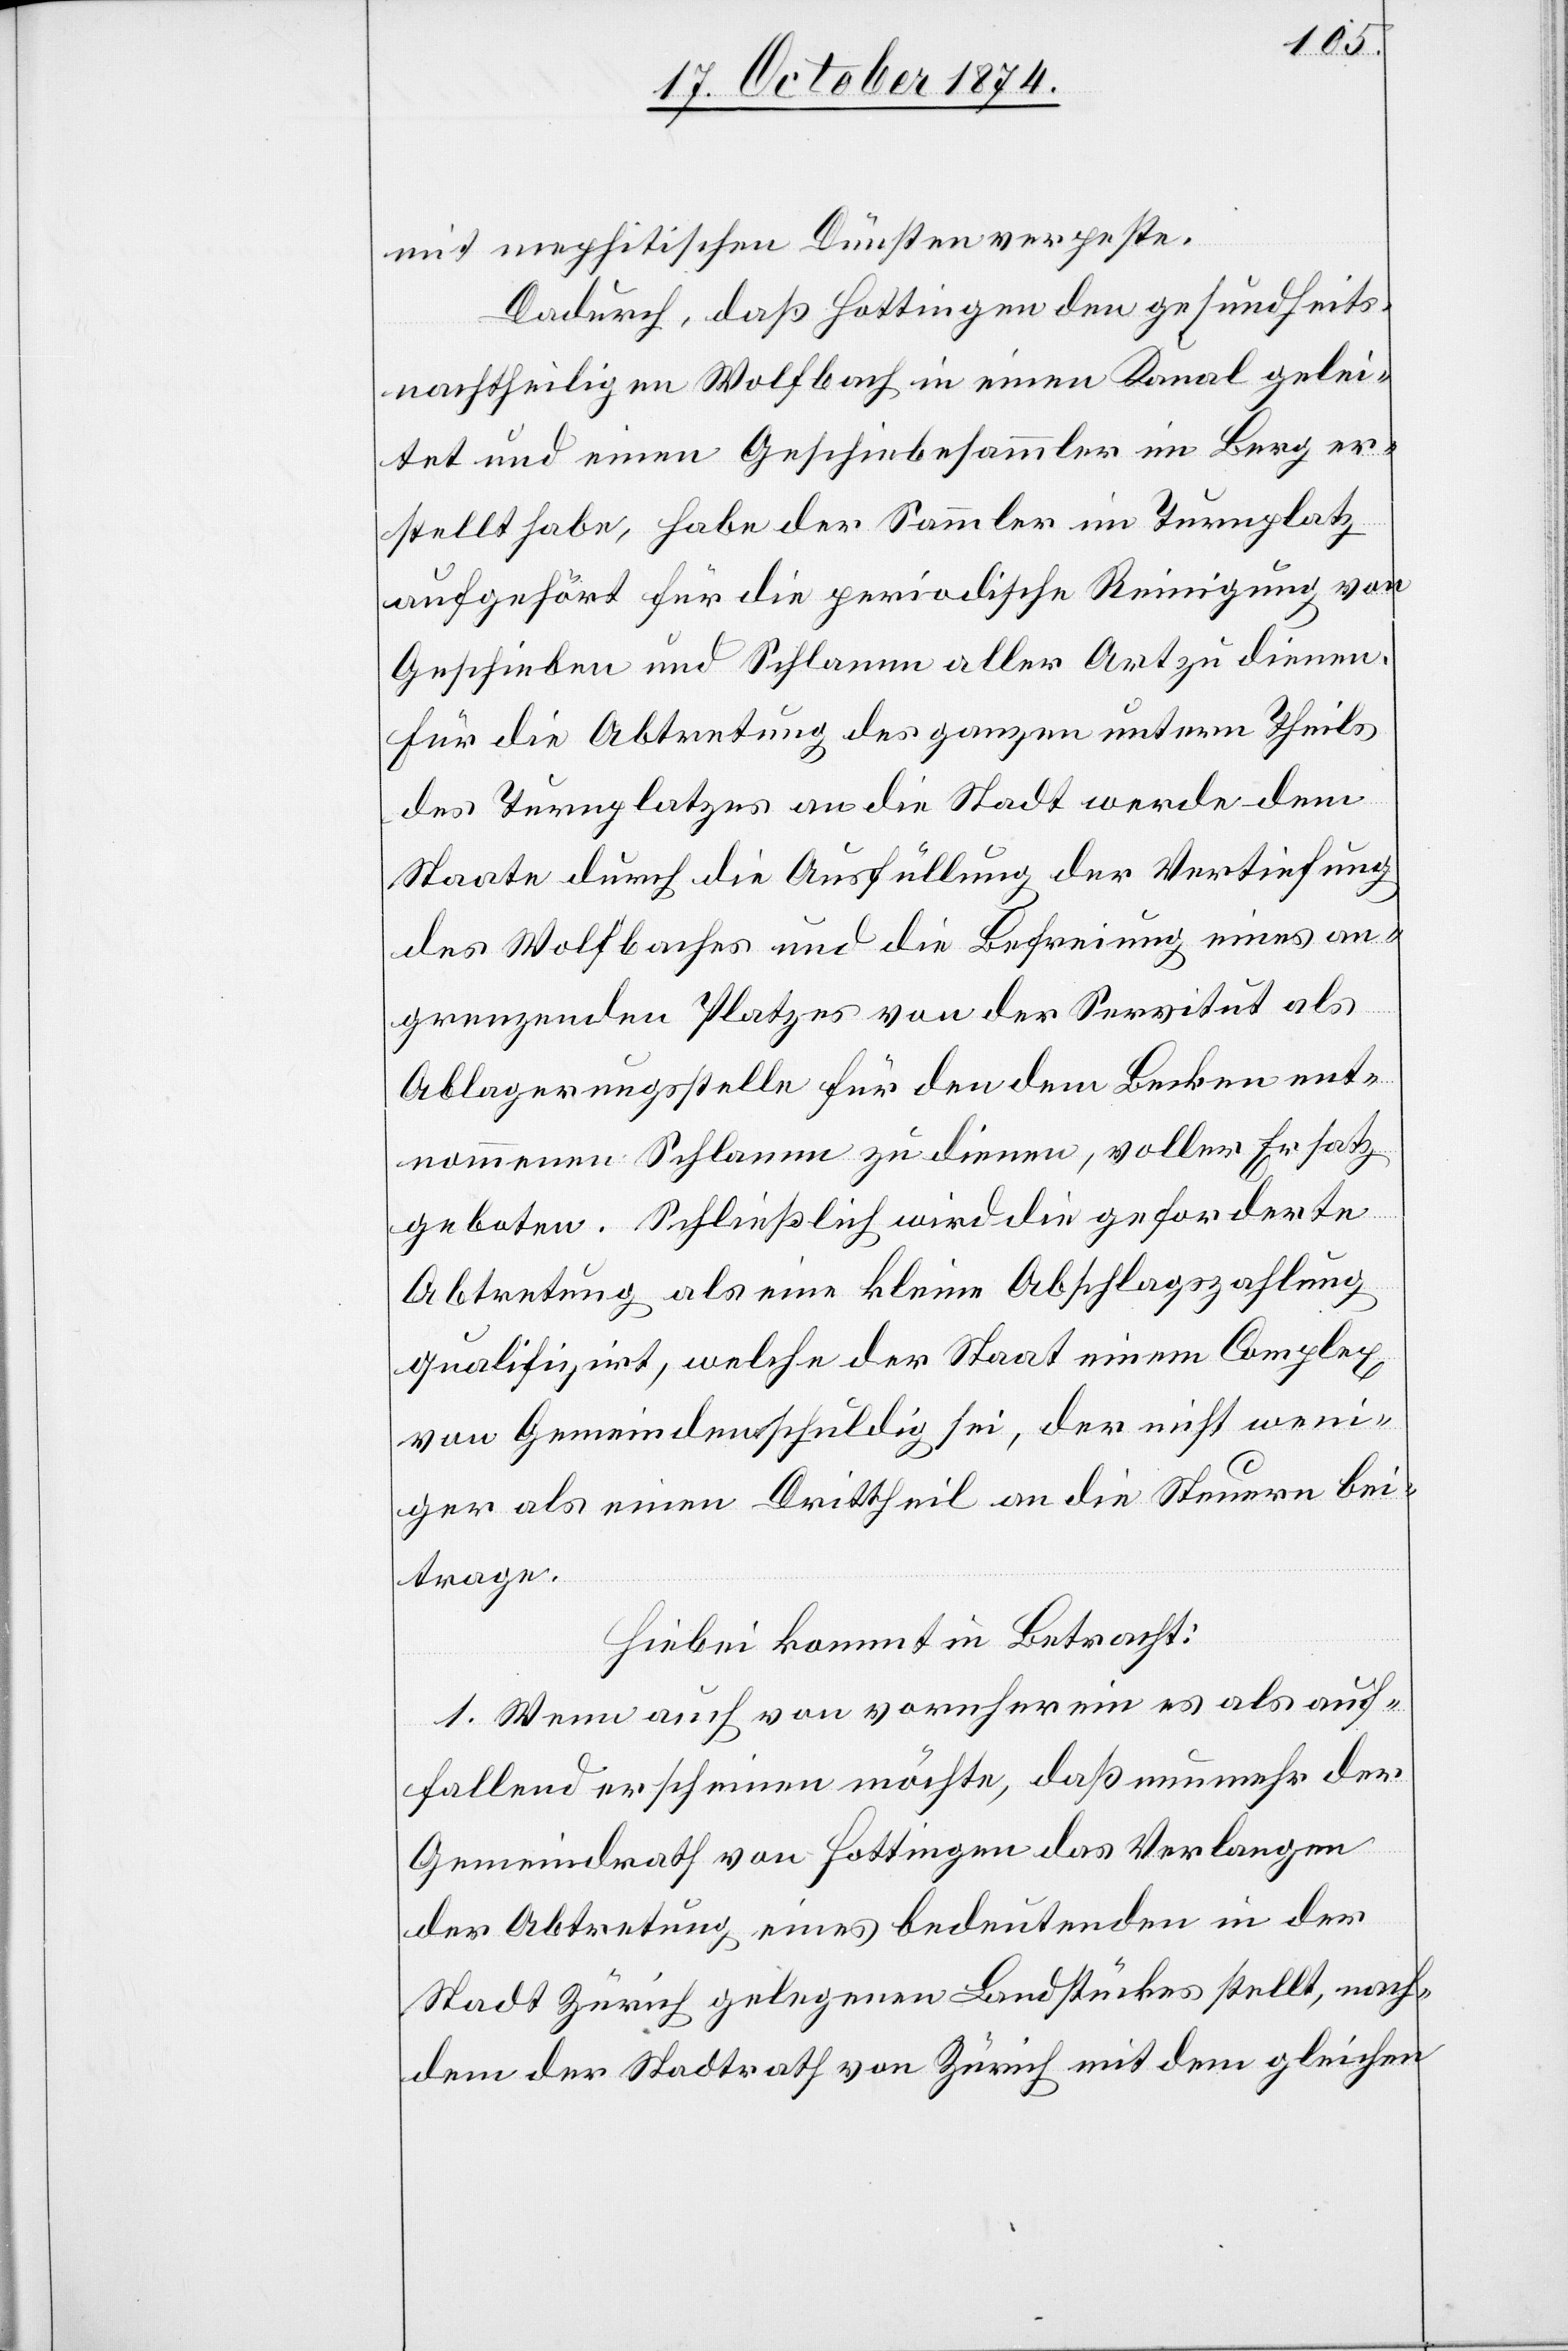
mit mephitischen Dünsten verpeste.
Dadurch, daß Hottingen den gesundheits¬
nachtheiligen Wolfbach in einen Kanal gelei¬
tet und einen Geschiebesammler im Berg er¬
stellt habe, habe der Sammler im Turnplatz
aufgehört für die periodische Reinigung von
Geschieben und Schlamm aller Art zu dienen.
Für die Abtretung des ganzen untern Theils
des Turnplatzes an die Stadt werde dem
Staate durch die Ausfüllung der Vertiefung
des Wolfbaches und die Befreiung eines an¬
grenzenden Platzes von der Servitut als
Ablagerungsstelle für den dem Becken ent¬
nommenen Schlamm zu dienen, voller Ersatz
geboten. Schließlich wird die geforderte
Abtretung als eine kleine Abschlagszahlung
qualifizirt, welche der Staat einem Complex
von Gemeinden schuldig sei, der nicht weni¬
ger als einen Drittheil an die Steuern bei¬
trage.
Hiebei kommt in Betracht:
1. Wenn auch von vornherein es als auf¬
fallend erscheinen möchte, daß nunmehr der
Gemeindrath von Hottingen das Verlangen
der Abtretung eines bedeutenden in der
Stadt Zürich gelegenen Landstückes stellt, nach¬
dem der Stadtrath von Zürich mit dem gleichen